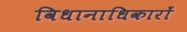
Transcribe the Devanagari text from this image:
विधानाधिकारों